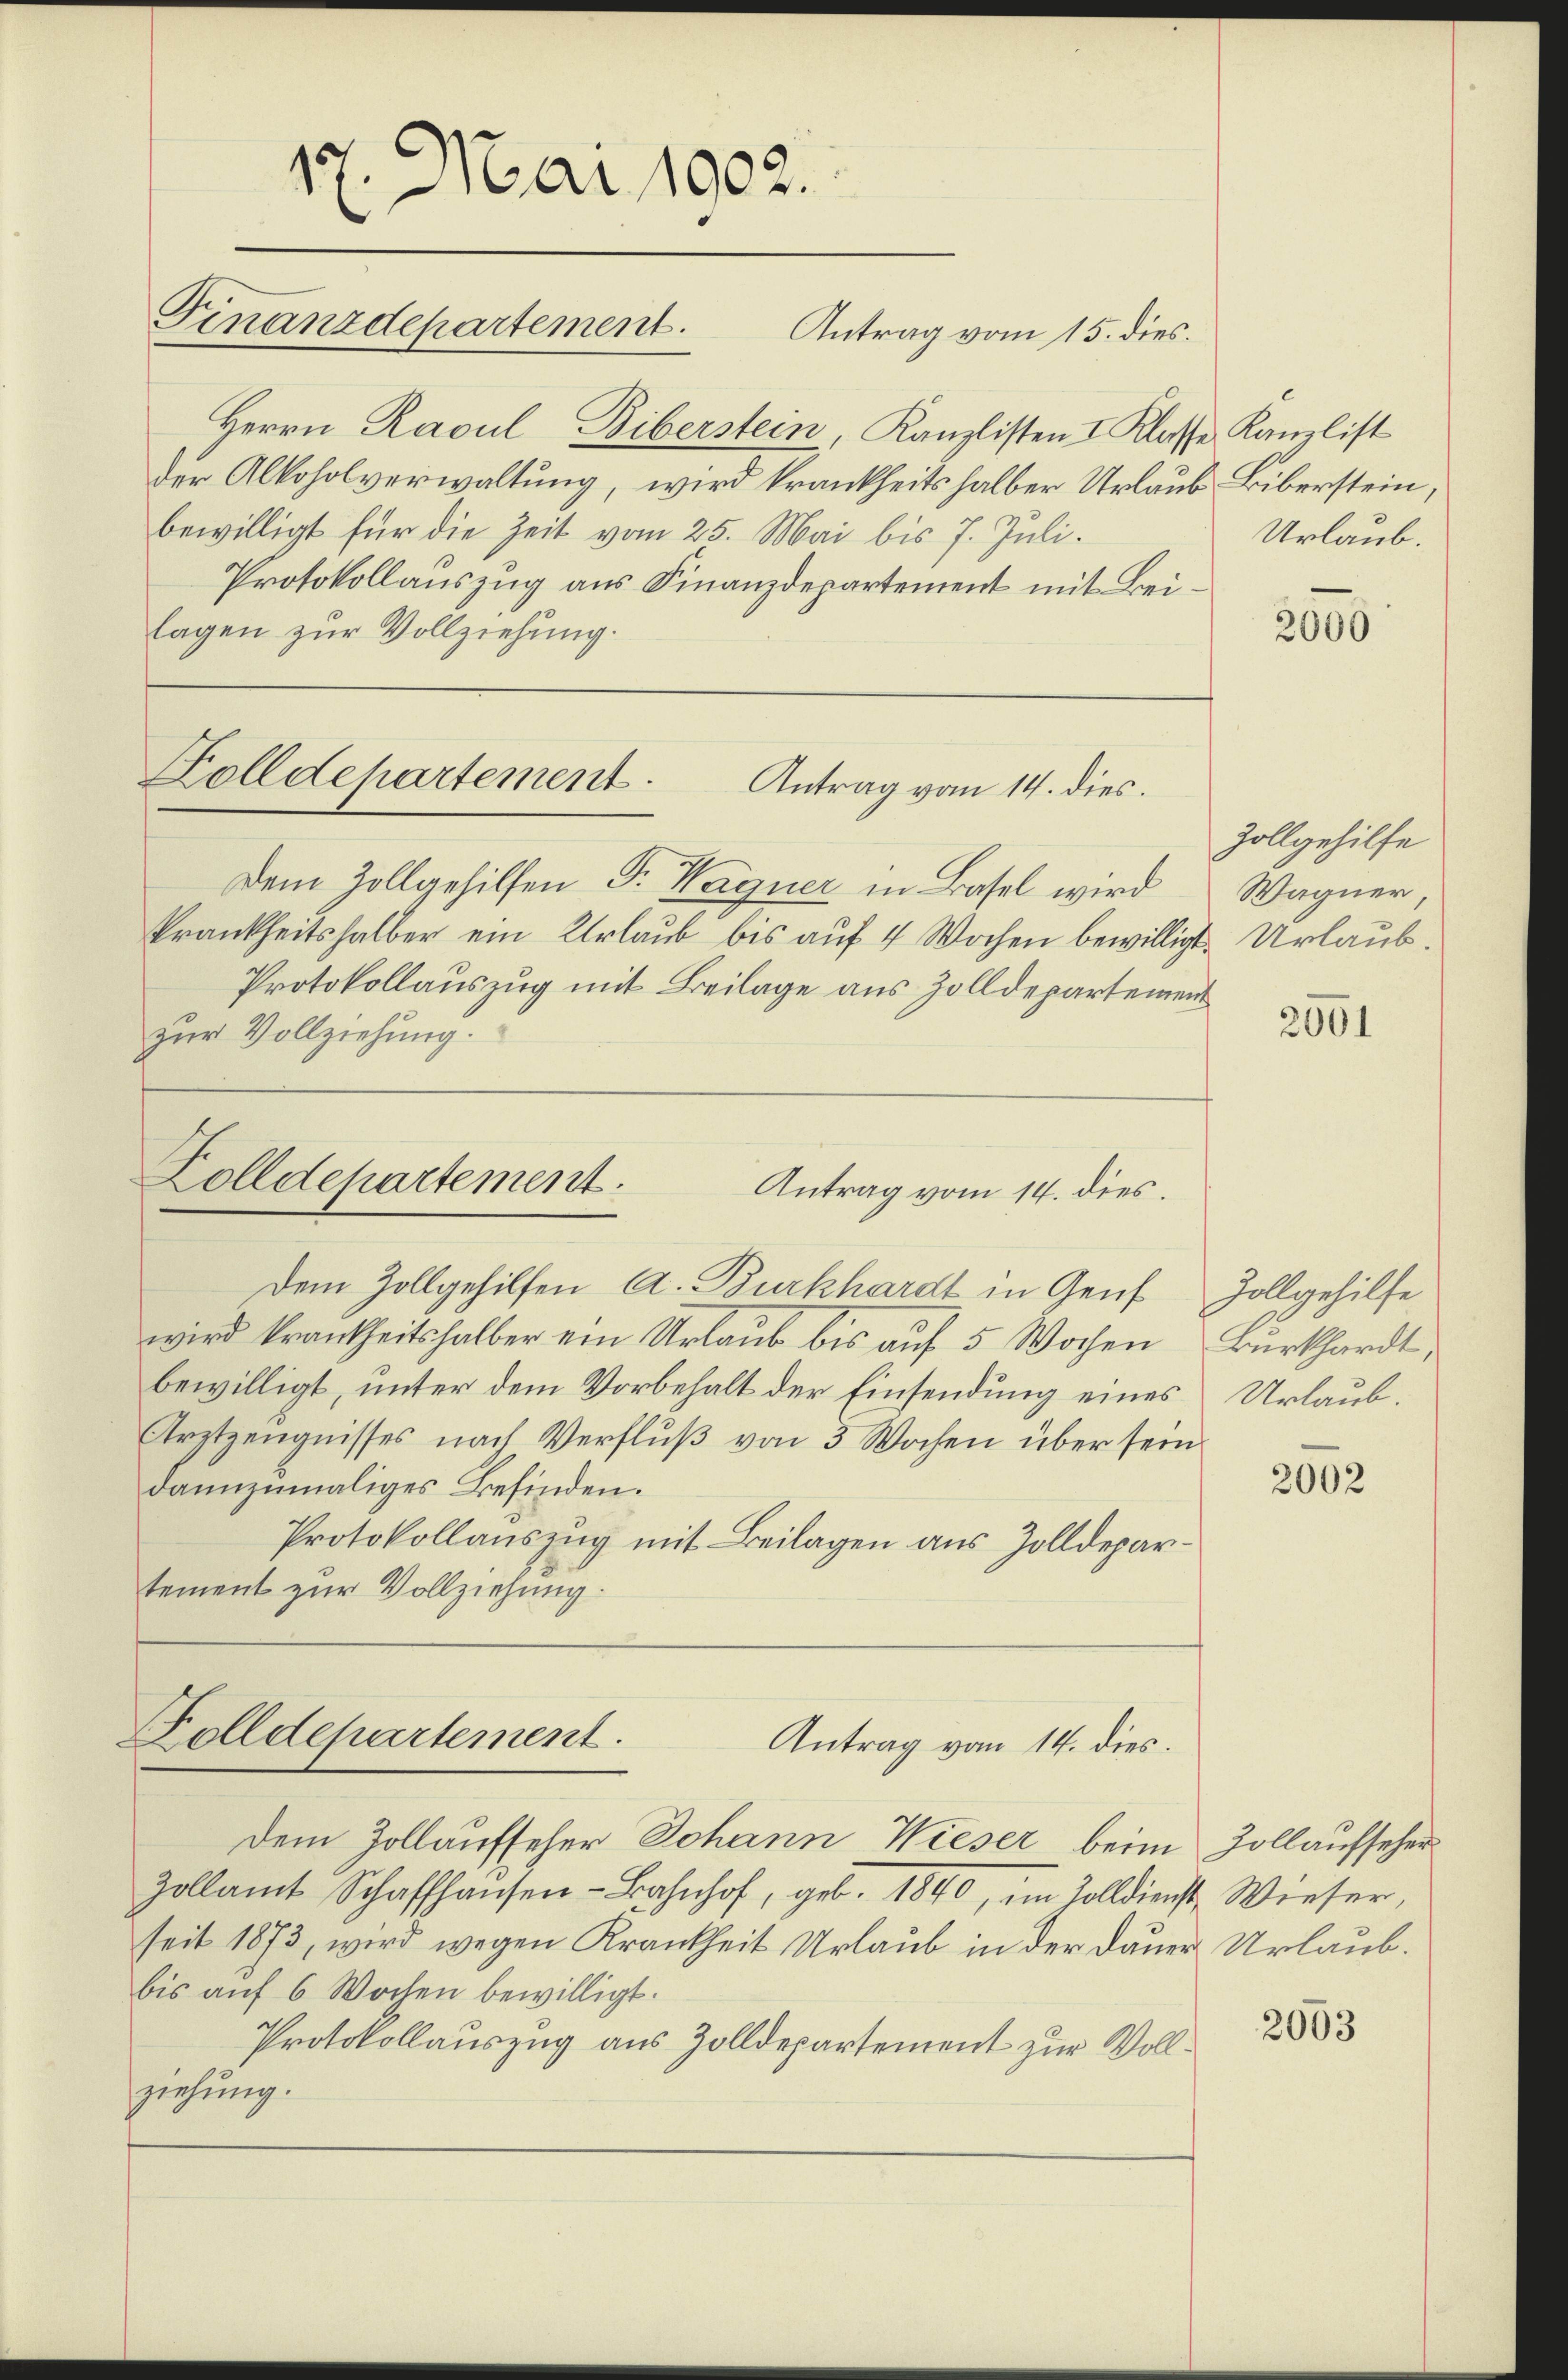
17. Mai 1902.
Finanzdepartement.
Antrag vom 15. dies.

Herrn Ravul Biberstein, Kanzlisten I Klasse Kanzlist
der Alkoholverwaltung, wird krankheits halber Urlaub Liberstein,
bewilligt für die Zeit vom 25. Mai bis 7. Juli.
Protokollauszug aus Finanzdepartement mit Beilagen zur Vollziehung.

Zolldepartement
Antrag vom 14. dies.

Dem Zollgehilfen Fr. Wagner in Basel wird
krankheitshalber ein Urlaub bis auf 4 Wochen bewilligt. Urlaub.
Protokollauszug mit Beilage aus Zolldepartement
zur Vollziehung.

Zolldepartement.
Antrag vom 14. dies.

Zolldepartement.
Antrag vom 14. dies.

Dem Zollgehilfen A. Burkhardt in Genf
wird krankheitshalber ein Urlaub bis auf 5 Wochen
bewilligt, unter dem Vorbehalt der Einsendung eines Urlaub¬
Arztzeugnisses nach Verfluß von 3 Wochen über sein
dannzumaliges Befinden.
Protokollauszug mit Beilagen aus Zolldepartement zur Vollziehung.

dem Zollaufseher Johann Wieser beim Zollaufseher
Zollamt Schaffhaŭsen-Bahnhof, geb. 1840, im Zolldienst Wieser,
seit 1873, wird wegen Krankheit Urlaub in der Dauer Urlaub.
bis auf 6 Wochen bewilligt.
Protokollauszug aus Zolldepartement zur Vollziehung.

Urlaub.

2000

Zollgehilfe
Wagner

2001

Zollgehilfe
Burkhardt,

2002

2063